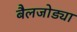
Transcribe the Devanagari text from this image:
बैलजोड्या